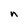
Character: n